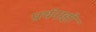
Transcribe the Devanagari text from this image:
प्रार्थनाही